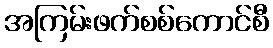
အကြမ်းဖက်စစ်ကောင်စီ